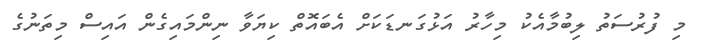
މި ފުރުސަތު ލިބުމާއެކު މިހާރު އަޅުގަނޑަކަށް އެބައޮތް ކިޔަވާ ނިންމައިގެން އައިސް މިތަނުގެ